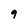
Character: 9